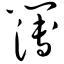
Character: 簿